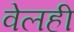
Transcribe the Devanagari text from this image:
वेलही